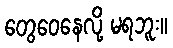
တွေဝေနေလို့ မရဘူး။